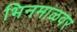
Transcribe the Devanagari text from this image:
भिनमाळवर